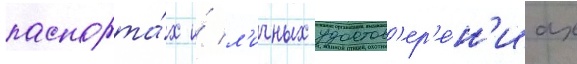
паспорта́х и́ л'ичных удостов'ер'е́н'иах